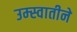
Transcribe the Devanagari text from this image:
उम्स्वातीने